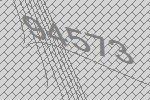
94573